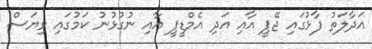
އަދާލަތު ފާޅުގައި ޖޭޕީ އާއި އަދި އެމްޑީޕީ އާއި ނުގުޅުނު ކަމުގައި ވިޔަސް